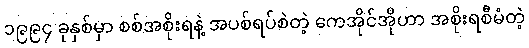
၁၉၉၄ ခုနှစ်မှာ စစ်အစိုးရနဲ့ အပစ်ရပ်စဲတဲ့ ကေအိုင်အိုဟာ အစိုးရစီမံတဲ့